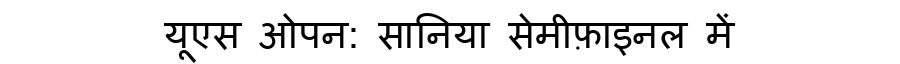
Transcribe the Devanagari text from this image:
यूएस ओपन: सानिया सेमीफ़ाइनल में